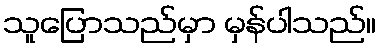
သူပြောသည်မှာ မှန်ပါသည်။